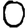
Digit: 0